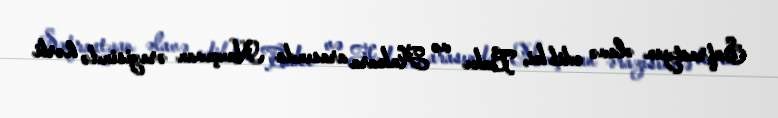
Safrastyan əlavə edib ki, Bakı və Ankara arasında Naxçıvan ərazisində hərbi